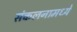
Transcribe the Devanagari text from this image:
संकलनामध्ये